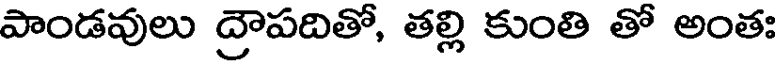
పాండవులు ద్రౌపదితో, తల్లి కుంతి తో అంతః